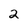
Character: 2